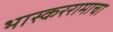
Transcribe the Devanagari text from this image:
भास्कररामाचा